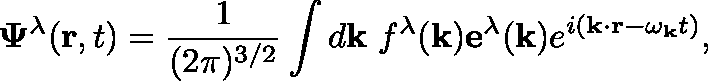
\mathbf { \Psi } ^ { \lambda } ( \mathbf { r } , t ) = \frac { 1 } { ( 2 \pi ) ^ { 3 / 2 } } \int d \mathbf { k } ~ f ^ { \lambda } ( \mathbf { k } ) \mathbf { e } ^ { \lambda } ( \mathbf { k } ) e ^ { i ( \mathbf { k } \cdot \mathbf { r } - \omega _ { \mathbf { k } } t ) } ,